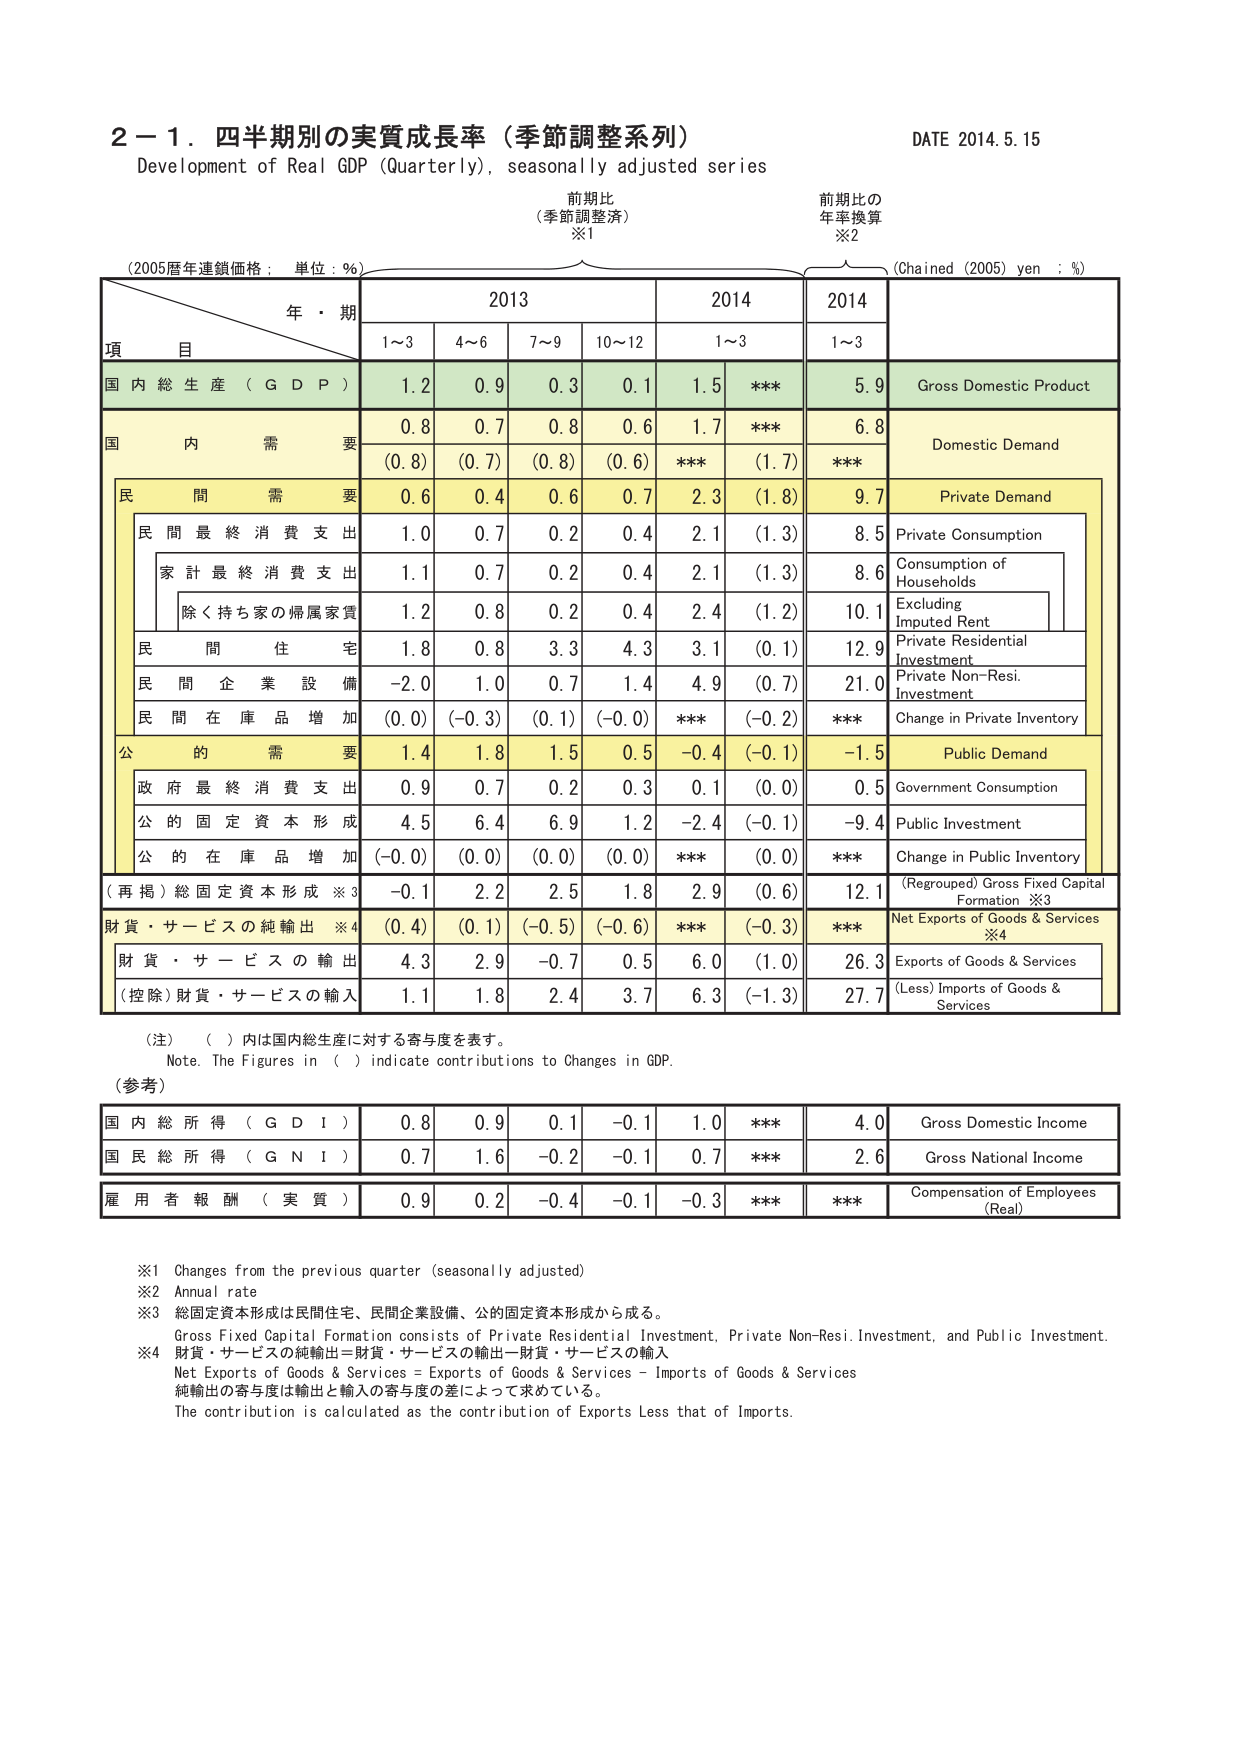
2－1．四半期別の実質成長率（季節調整系列）
Development of Real GDP (Quarterly), seasonally adjusted series
DATE 2014.5.15

前期比
（季節調整済）
※1

前期比の
年率換算
※2

（2005暦年連鎖価格；単位：%）
（Chained (2005) yen : %）

年・期
2013
2014
2014

項 目
1～3
4～6
7～9
10～12
1～3
1～3

国内総生産（GDP）
1.2
0.9
0.3
0.1
1.5
***
5.9
Gross Domestic Product

国内需要
0.8
0.7
0.8
0.6
1.7
***
6.8
Domestic Demand

民間需要
0.6
0.4
0.6
0.7
2.3
(1.8)
9.7
Private Demand

民間最終消費支出
1.0
0.7
0.2
0.4
2.1
(1.3)
8.5
Private Consumption

家計最終消費支出
1.1
0.7
0.2
0.4
2.1
(1.3)
8.6
Consumption of Households

除く持ち家の帰属家賃
1.2
0.8
0.2
0.4
2.4
(1.2)
10.1
Excluding Imputed Rent

民間住宅
1.8
0.8
3.3
4.3
3.1
(0.1)
12.9
Private Residential Investment

民間企業設備
-2.0
1.0
0.7
1.4
4.9
(0.7)
21.0
Private Non-Resi. Investment

民間在庫品増加
(0.0)
(-0.3)
(0.1)
(-0.0)
***
(-0.2)
***
Change in Private Inventory

公的需要
1.4
1.8
1.5
0.5
-0.4
(-0.1)
-1.5
Public Demand

政府最終消費支出
0.9
0.7
0.2
0.3
0.1
(0.0)
0.5
Government Consumption

公的固定資本形成
4.5
6.4
6.9
1.2
-2.4
(-0.1)
-9.4
Public Investment

公的在庫品増加
(-0.0)
(0.0)
(0.0)
(0.0)
***
(0.0)
***
Change in Public Inventory

（再掲）総固定資本形成※3
-0.1
2.2
2.5
1.8
2.9
(0.6)
12.1
(Regrouped) Gross Fixed Capital Formation ※3

財貨・サービスの純輸出※4
(0.4)
(0.1)
(-0.5)
(-0.6)
***
(-0.3)
***
Net Exports of Goods & Services ※4

財貨・サービスの輸出
4.3
2.9
-0.7
0.5
6.0
(1.0)
26.3
Exports of Goods & Services

（控除）財貨・サービスの輸入
1.1
1.8
2.4
3.7
6.3
(-1.3)
27.7
(Less) Imports of Goods & Services

（注）（ ）内は国内総生産に対する寄与度を表す。
Note. The Figures in ( ) indicate contributions to Changes in GDP.

（参考）

国内総所得（GDI）
0.8
0.9
0.1
-0.1
1.0
***
4.0
Gross Domestic Income

国民総所得（GNI）
0.7
1.6
-0.2
-0.1
0.7
***
2.6
Gross National Income

雇用者報酬（実質）
0.9
0.2
-0.4
-0.1
-0.3
***
***
Compensation of Employees (Real)

※1 Changes from the previous quarter (seasonally adjusted)
※2 Annual rate
※3 総固定資本形成は民間住宅、民間企業設備、公的固定資本形成から成る。
Gross Fixed Capital Formation consists of Private Residential Investment, Private Non-Resi. Investment, and Public Investment.
※4 財貨・サービスの純輸出＝財貨・サービスの輸出－財貨・サービスの輸入
Net Exports of Goods & Services = Exports of Goods & Services - Imports of Goods & Services
純輸出の寄与度は輸出と輸入の寄与度の差によって求めている。
The contribution is calculated as the contribution of Exports Less that of Imports.